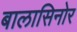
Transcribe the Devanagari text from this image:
बालासिनोर